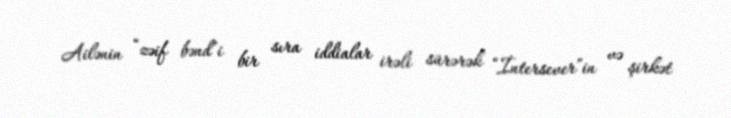
Ailənin “zəif bənd”i bir sıra iddialar irəli sürərək “İntersever”in və şirkət